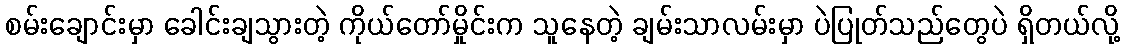
စမ်းချောင်းမှာ ခေါင်းချသွားတဲ့ ကိုယ်တော်မှိုင်းက သူနေတဲ့ ချမ်းသာလမ်းမှာ ပဲပြုတ်သည်တွေပဲ ရှိတယ်လို့